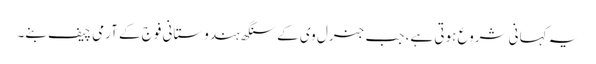
یہ کہانی شروع ہوتی ہے، جب جنرل وی کے سنگھ ہندوستانی فوج کے آرمی چیف بنے۔